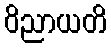
ဝိညာယတိ